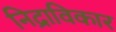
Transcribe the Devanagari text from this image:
निद्राविकार